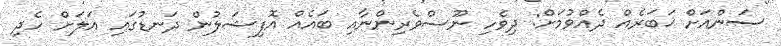
ސަންއަށް ޚަބަރެއް ދެއްވުމަށް: ދިވެހި ނޫސްވެރިންނާއި ބައެއް އޮފިޝަލުން ދަނޑުގައި އަލަށް ހެދި